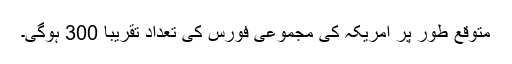
متوقع طور پر امریکہ کی مجموعی فورس کی تعداد تقریباً 300 ہوگی۔